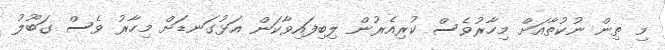
މި ތިން ނުކުތާއަށް މިހާރުވެސް ކުރިއެރުން ލިބިފައިވާކަން އަޅުގަނޑަށް މިހާރު ވެސް ގަބޫލު